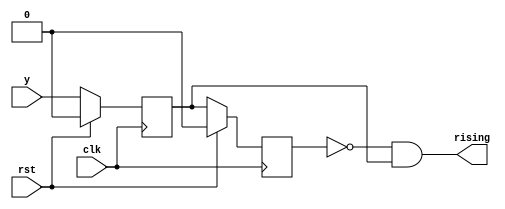
`timescale 1ns / 1ps

/// code(rising_detect) until endmodule
/// 
module RisingDetect
(
    input  clk, 
    input  rst, 
    input  y, 
    output  rising 
);
    reg pre, current;
    
    always @(posedge clk) begin
        if(rst) begin
            current <= 0;
            pre <= 0;
        end
        else begin
            current <= y;
            pre <= current;
        end
    end
    
    assign rising = (~pre) && current;
endmodule